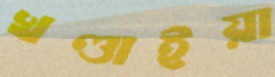
খণ্ডাইয়া